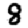
Digit: 8